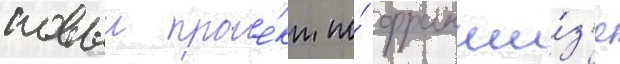
новыи прое́кт по́ франши́з'е